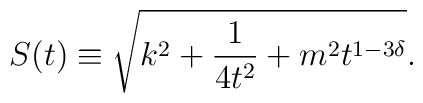
S(t) \equiv \sqrt{k^2+\frac{1}{4 t^2}+m^2 t^{1-3\delta}}.